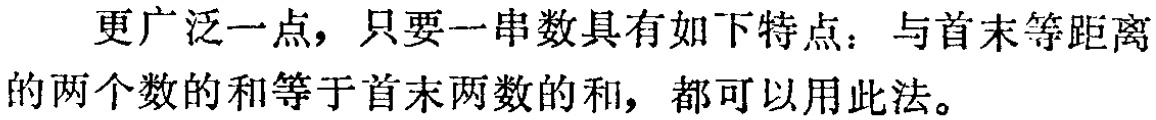
更广泛一点，只要一串数具有如下特点：与首末等距离的两个数的和等于首末两数的和，都可以用此法。